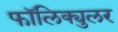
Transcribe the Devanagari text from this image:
फॉलिक्युलर